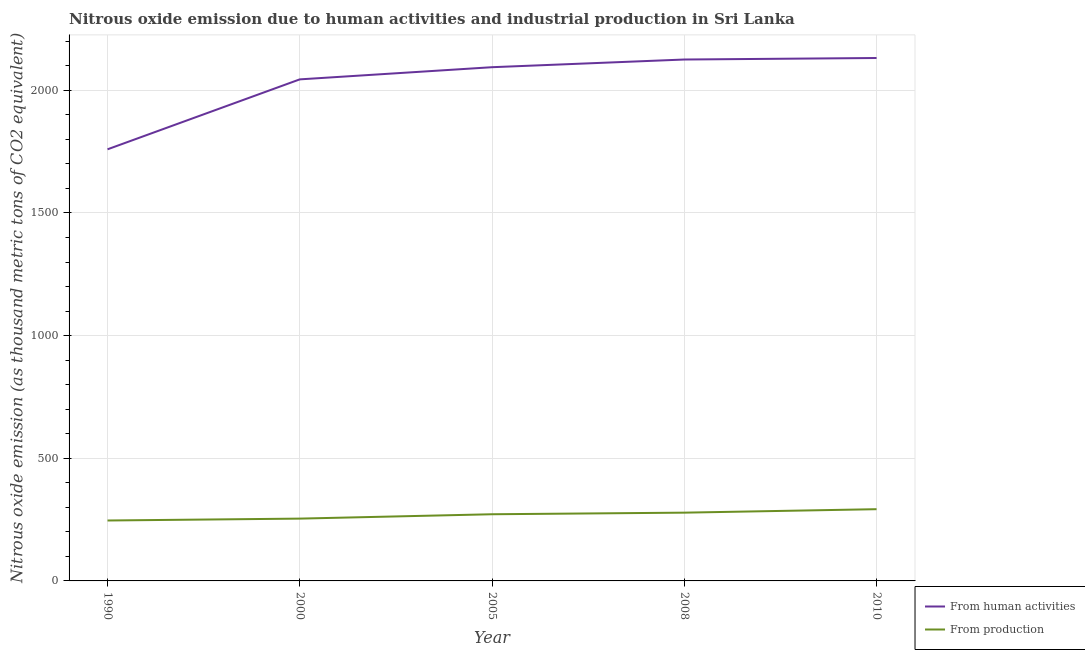
| Year | From human activities | From production |
 | --- | --- | --- |
 | 1990 | 1.76e+03 | 246 |
 | 2000 | 2.04e+03 | 254 |
 | 2005 | 2.09e+03 | 272 |
 | 2008 | 2.13e+03 | 278 |
 | 2010 | 2.13e+03 | 292 |